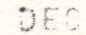
DEC